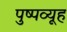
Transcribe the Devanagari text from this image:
पुष्पव्यूह